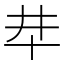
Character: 𠦈